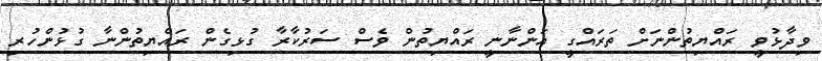
ވިދާޅުވީ ރައްޔިތުންނަށް ތަރައްގީ އަންނާނީ ރައްޔިތުން ވެސް ސަރުކާރާ ގުޅިގެން ރައްޔިތުންނާ ގުޅުންހުރި